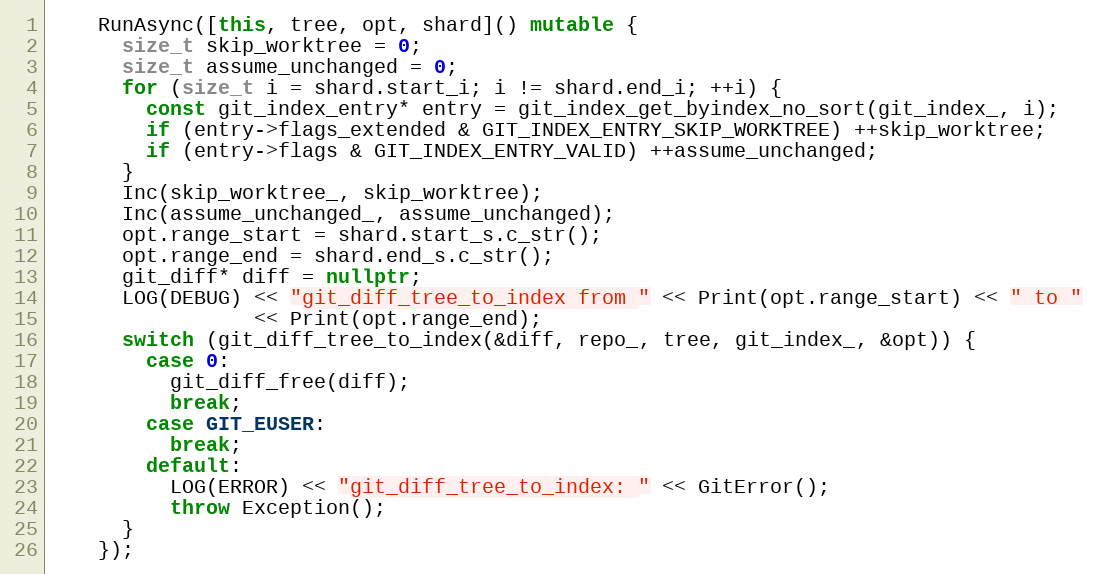
Language: C++
    RunAsync([this, tree, opt, shard]() mutable {
      size_t skip_worktree = 0;
      size_t assume_unchanged = 0;
      for (size_t i = shard.start_i; i != shard.end_i; ++i) {
        const git_index_entry* entry = git_index_get_byindex_no_sort(git_index_, i);
        if (entry->flags_extended & GIT_INDEX_ENTRY_SKIP_WORKTREE) ++skip_worktree;
        if (entry->flags & GIT_INDEX_ENTRY_VALID) ++assume_unchanged;
      }
      Inc(skip_worktree_, skip_worktree);
      Inc(assume_unchanged_, assume_unchanged);
      opt.range_start = shard.start_s.c_str();
      opt.range_end = shard.end_s.c_str();
      git_diff* diff = nullptr;
      LOG(DEBUG) << "git_diff_tree_to_index from " << Print(opt.range_start) << " to "
                 << Print(opt.range_end);
      switch (git_diff_tree_to_index(&diff, repo_, tree, git_index_, &opt)) {
        case 0:
          git_diff_free(diff);
          break;
        case GIT_EUSER:
          break;
        default:
          LOG(ERROR) << "git_diff_tree_to_index: " << GitError();
          throw Exception();
      }
    });